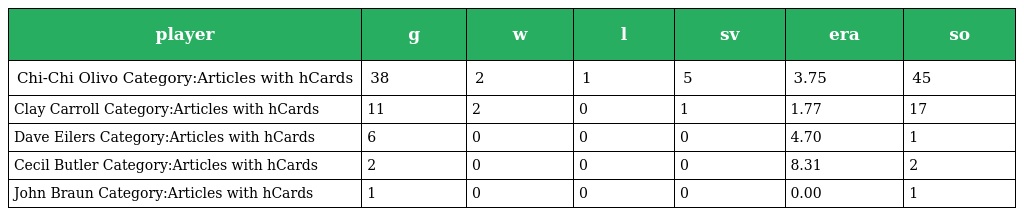
| player | g | w | l | sv | era | so |
 | --- | --- | --- | --- | --- | --- | --- |
 | Chi-Chi Olivo Category:Articles with hCards | 38 | 2 | 1 | 5 | 3.75 | 45 |
 | Clay Carroll Category:Articles with hCards | 11 | 2 | 0 | 1 | 1.77 | 17 |
 | Dave Eilers Category:Articles with hCards | 6 | 0 | 0 | 0 | 4.70 | 1 |
 | Cecil Butler Category:Articles with hCards | 2 | 0 | 0 | 0 | 8.31 | 2 |
 | John Braun Category:Articles with hCards | 1 | 0 | 0 | 0 | 0.00 | 1 |